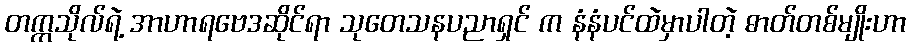
တက္ကသိုလ်ရဲ့ အာဟာရဗေဒဆိုင်ရာ သုတေသနပညာရှင် က နံနံပင်ထဲမှာပါတဲ့ ဓာတ်တစ်မျိုးဟာ